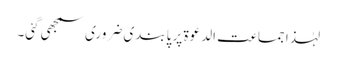
لہٰذا جماعت الدعوۃ پر پابندی ضروری سمجھی گئی۔